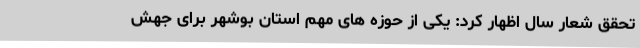
تحقق شعار سال اظهار کرد: یکی از حوزه های مهم استان بوشهر برای جهش